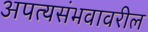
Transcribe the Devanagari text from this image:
अपत्यसंभवावरील